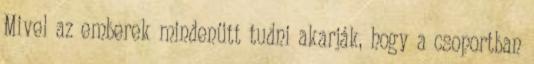
Mivel az emberek mindenütt tudni akarják, hogy a csoportban